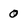
Character: O